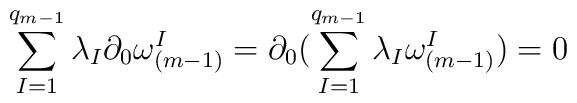
\sum \limits_{I=1}^{q_{m-1}}\lambda_I\partial_0\omega^I_{(m-1)}=\partial_0(\sum\limits_{I=1}^{q_{m-1}}\lambda_I\omega^I_{(m-1)})=0